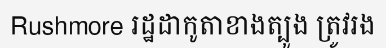
Rushmore រដ្ឋដាកូតាខាងត្បូង ត្រូវរង